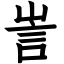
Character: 訔